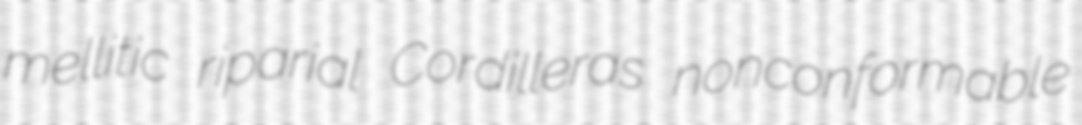
mellitic riparial Cordilleras nonconformable